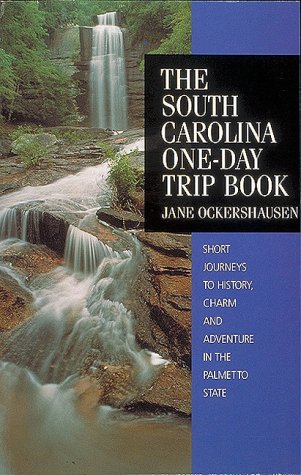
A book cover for South Carolina One-Day Trip Book; Jane Ockershausen; Travel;